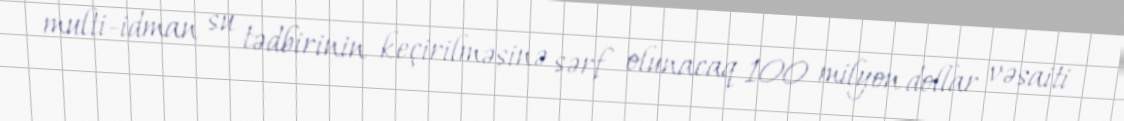
multi-idman su tədbirinin keçirilməsinə sərf olunacaq 100 milyon dollar vəsaiti